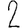
Digit: 2